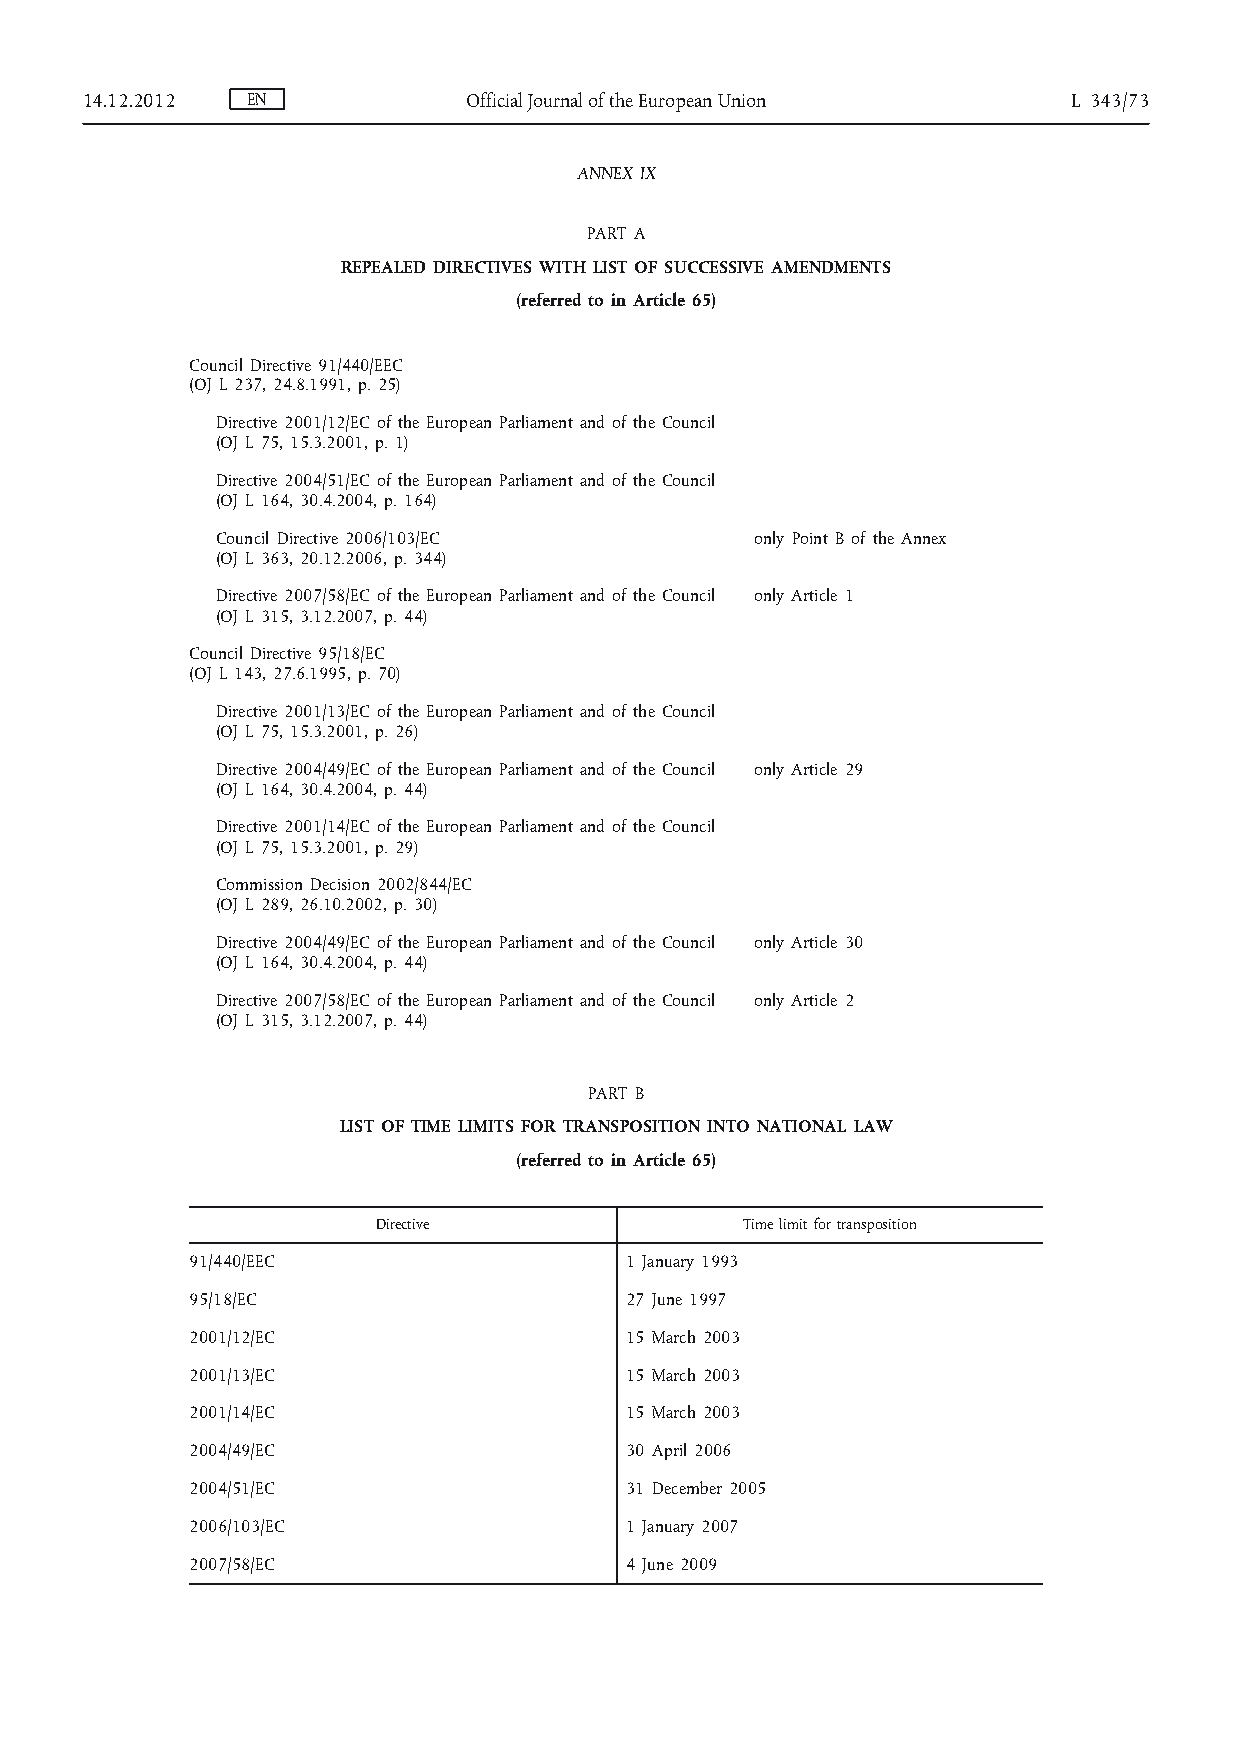
14.12.2012 EN             Official Journal of the European Union  L 343/73
 ANNEX IX
 PART A
 REPEALED DIRECTIVES WITH LIST OF SUCCESSIVE AMENDMENTS
 (referred to in Article 65)
 Council Directive 91/440/EEC
 (OJ L 237, 24.8.1991, p. 25)
 Directive 2001/12/EC of the European Parliament and of the Council
 (OJ L 75, 15.3.2001, p. 1)
 Directive 2004/51/EC of the European Parliament and of the Council
 (OJ L 164, 30.4.2004, p. 164)
 Council Directive 2006/103/EC       only Point B of the Annex
 (OJ L 363, 20.12.2006, p. 344)
 Directive 2007/58/EC of the European Parliament and of the Council only Article 1
 (OJ L 315, 3.12.2007, p. 44)
 Council Directive 95/18/EC
 (OJ L 143, 27.6.1995, p. 70)
 Directive 2001/13/EC of the European Parliament and of the Council
 (OJ L 75, 15.3.2001, p. 26)
 Directive 2004/49/EC of the European Parliament and of the Council only Article 29
 (OJ L 164, 30.4.2004, p. 44)
 Directive 2001/14/EC of the European Parliament and of the Council
 (OJ L 75, 15.3.2001, p. 29)
 Commission Decision 2002/844/EC
 (OJ L 289, 26.10.2002, p. 30)
 Directive 2004/49/EC of the European Parliament and of the Council only Article 30
 (OJ L 164, 30.4.2004, p. 44)
 Directive 2007/58/EC of the European Parliament and of the Council only Article 2
 (OJ L 315, 3.12.2007, p. 44)
 PART B
 LIST OF TIME LIMITS FOR TRANSPOSITION INTO NATIONAL LAW
 (referred to in Article 65)
 Directive               Time limit for transposition
 91/440/EEC                  1 January 1993
 95/18/EC                    27 June 1997
 2001/12/EC                  15 March 2003
 2001/13/EC                  15 March 2003
 2001/14/EC                  15 March 2003
 2004/49/EC                  30 April 2006
 2004/51/EC                  31 December 2005
 2006/103/EC                 1 January 2007
 2007/58/EC                  4 June 2009